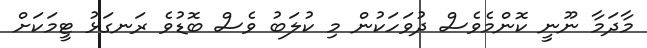
މާދަމާ ނޫނީ ކޮންމެވެސް ދުވަހަކުން މި ކުލަބު ވެސް ބޮޑުވެ ރަނގަޅު ޓީމަކަށް